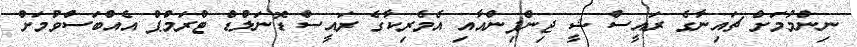
ނިންމުމަށް ޗައިނާގެ ރައީސް ޝީ ޖިންޕިންއާއި އެމެރިކާގެ ރައީސް ޑޮނަލްޑް ޓްރަމްޕް އެއްބަސްވުމަށް